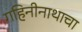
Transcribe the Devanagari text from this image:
गहिनीनाथाचा